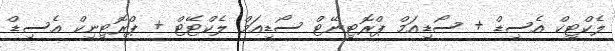
ލެކްޓިކް އެސިޑް + ސޯޑިއަމް ޕްރޮޓިނޭޓް ސޯޑިއަމް ލެކްޓޭޓް + ޕްރޮޓިނިކް އެސިޑް